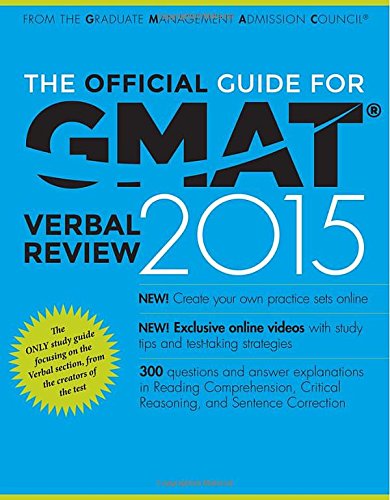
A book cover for The Official Guide for GMAT Verbal Review 2015, With Online Question Bank and Exclusive Video; GMAC (Graduate Management Admission Council); Test Preparation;